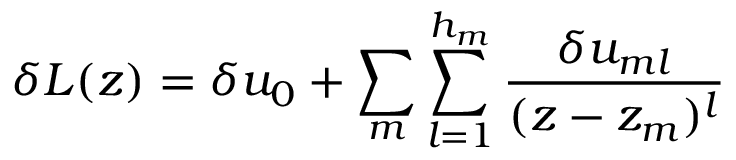
\delta L ( z ) = \delta u _ { 0 } + \sum _ { m } \sum _ { l = 1 } ^ { h _ { m } } { \frac { \delta u _ { m l } } { ( z - z _ { m } ) ^ { l } } }